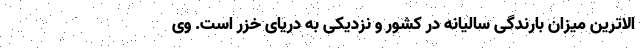
الاترین میزان بارندگی سالیانه در کشور و نزدیکی به دریای خزر است. وی